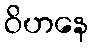
ဝိဟနေ